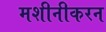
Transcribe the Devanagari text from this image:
मशीनीकरन